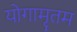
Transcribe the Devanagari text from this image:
योगामृतम